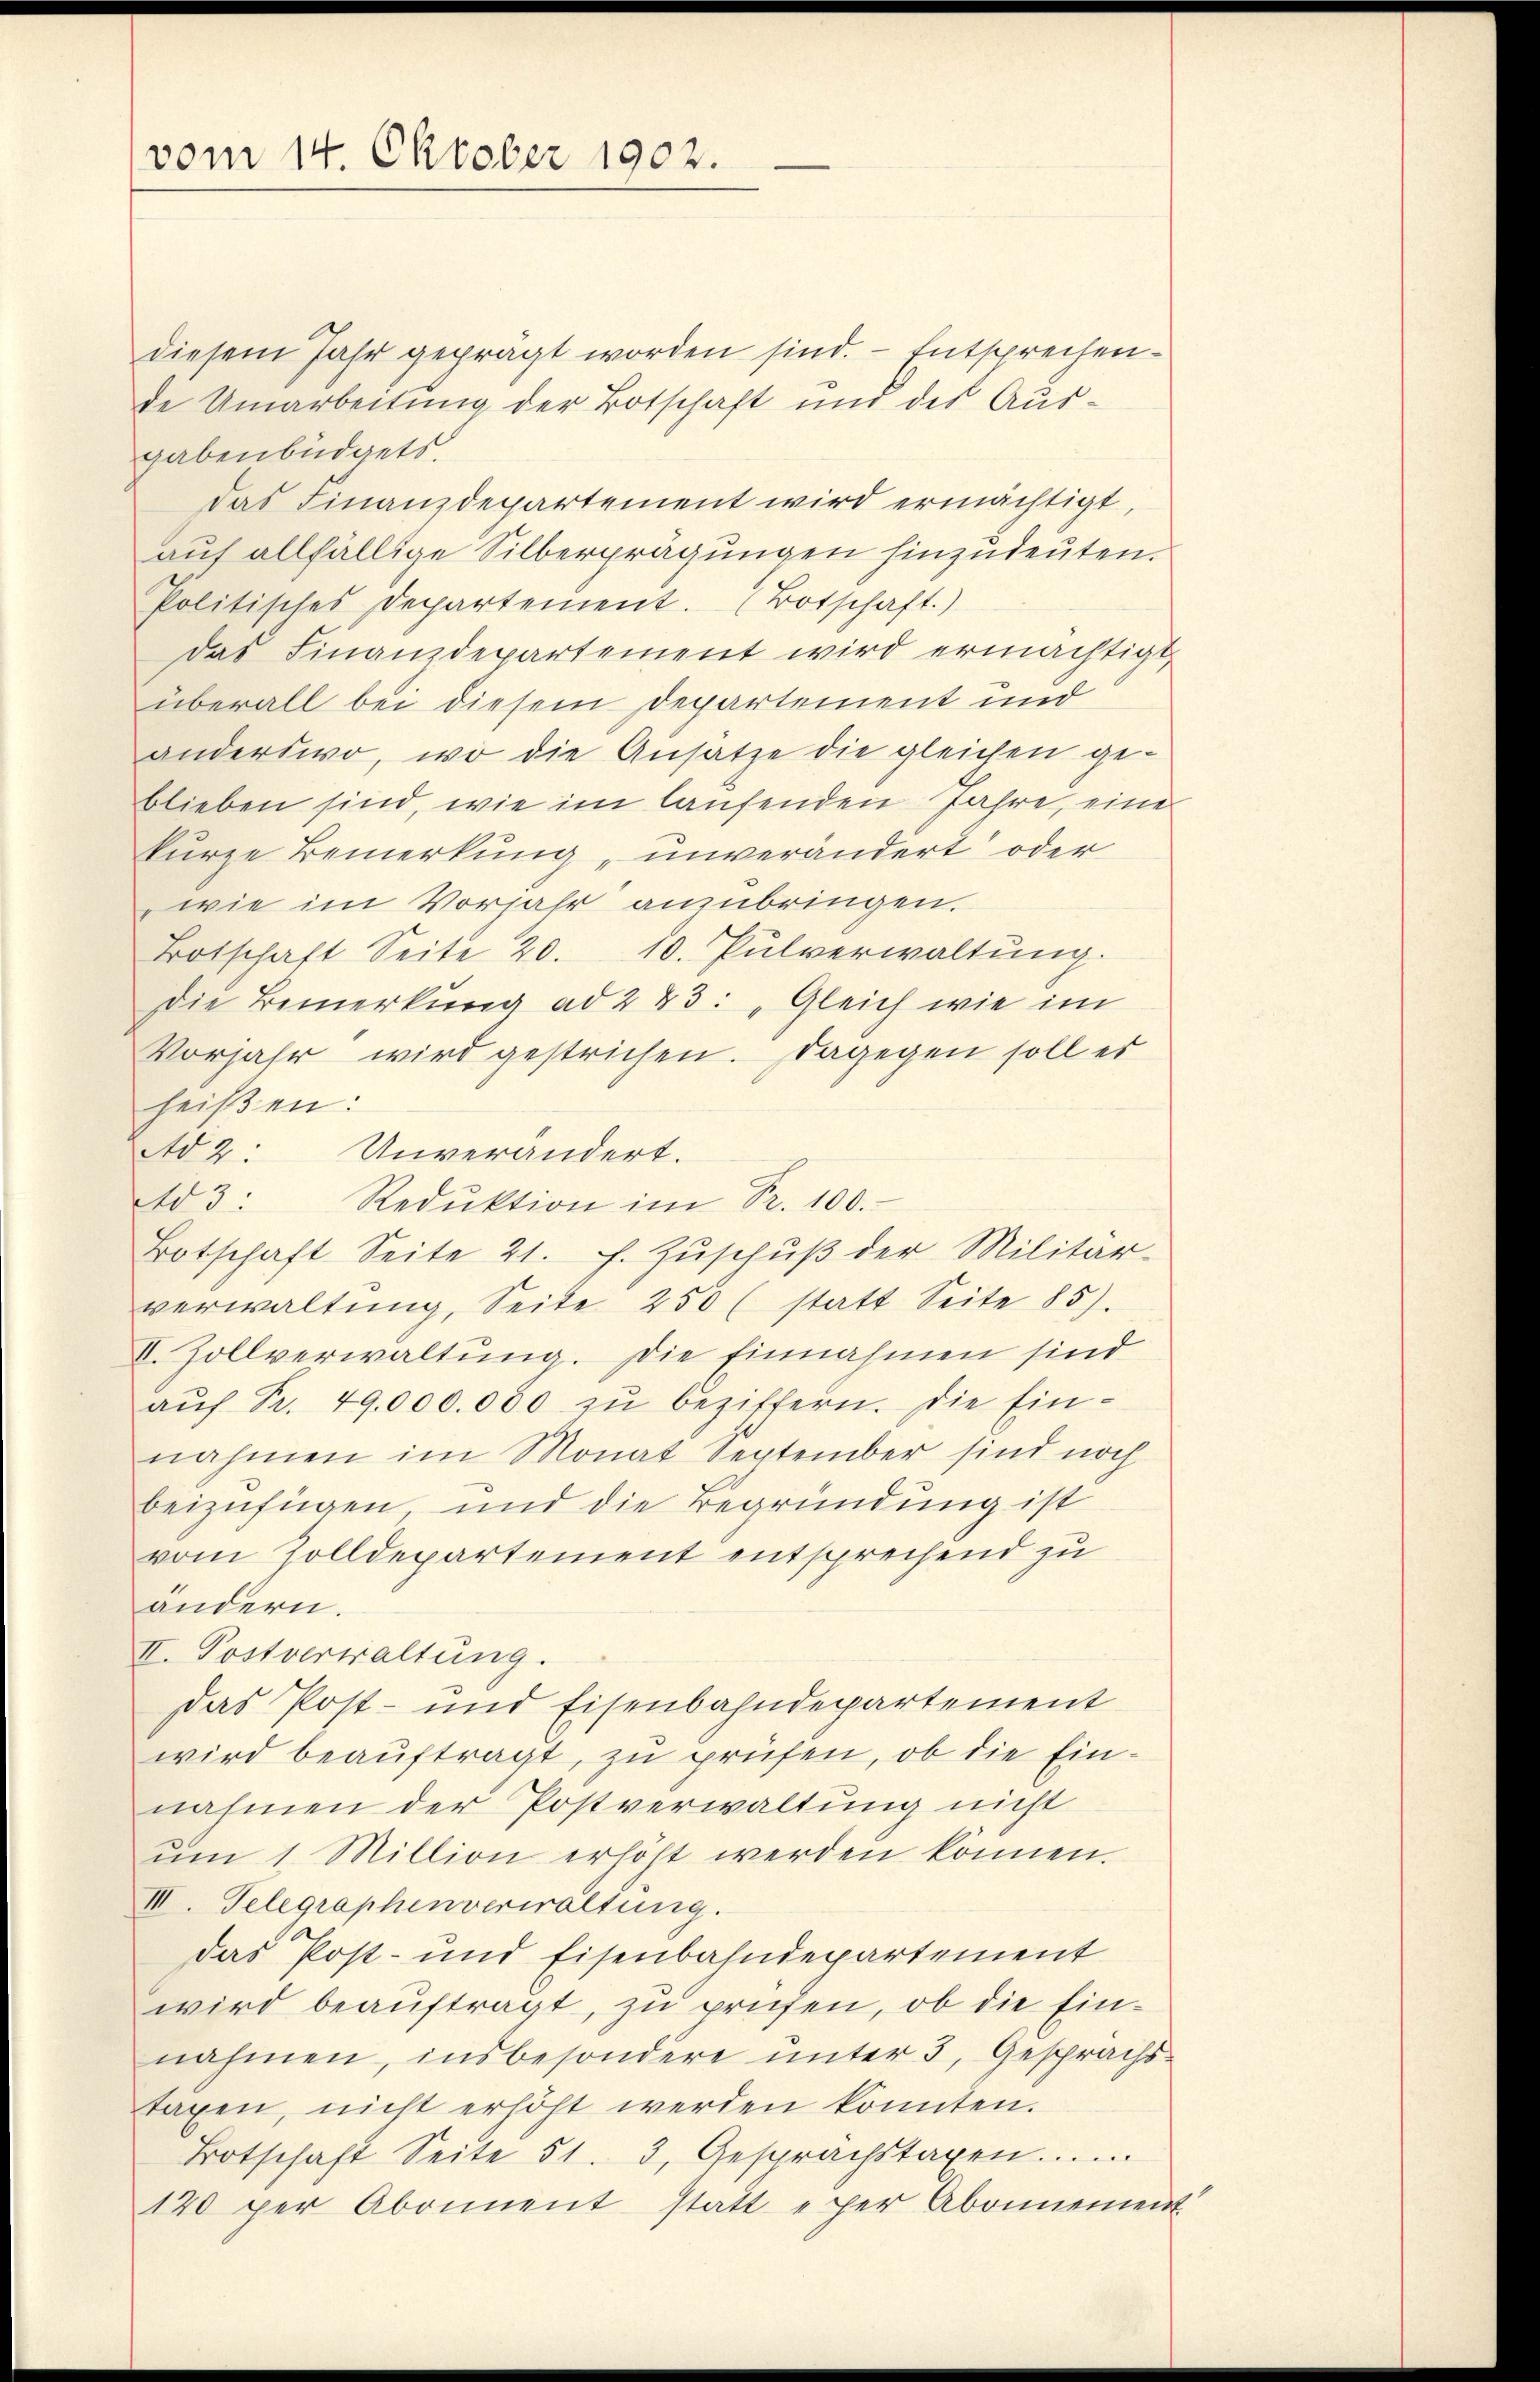
vom 14. Oktober 1902.

diesem Jahr geprägt worden sind. - Entsprechende Umarbeitung der Botschaft und des Ausgabenbüdgets.
das Finanzdepartement wird ermächtigt,
auf allfällige Silberprägungen hinzudeuten.
Politisches Departement. (Botschaft)
Das Finanzdepartement wird ermächtigt,
überall bei diesem Departement und
anderswo, wo die Ansatze die gleichen geblieben sind, wie im laufenden Jahre, eine
kurze Bemerkung unverändert oder
wie im Vorjahr anzubringen.
Botschaft Seite 20. 10. Pulverwaltŭng.
Die Bemerkung ad 283: „Gleich wie im
Vorjahr wird gestrichen. Dagegen soll er
heißen:
Ad 2: Unverändert.
Ad 3:
Redŭktion im Fr. 100.
Botschaft Seite 21. f. Zŭschŭβ der Militär-
verwaltŭng, Seite 250 (statt Seite 85).
V. Zollverwaltung. Die Einnahmen sind
aŭf Pr. 49,000.000 zŭ beziffern. Die Ein-
nahmen im Monat September sind noch
beizufügen und die Begründung ist
vom Zolldepartement entsprechend zu
andern.
II. Postverwaltung.
Das Post- und Eisenbahndepartement
wird beauftragt, zu prüfen, ob die Einnahmen der Postverwaltung nicht
ŭm 1 Million erhöht werden können.
III. Telegraphenverwaltung.
das Post- und Eisenbahndepartement
wird beauftragt, zu prüfen, ob die Einnahmen, insbesondere ŭnter 3, Gesprächs-
taxen, nicht erhöht werden könnten.
Botschaft Seite 51. 3. Gesprächstagen......
120 per Abonnent statt e per Abonnement